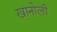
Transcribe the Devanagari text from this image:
खानोली